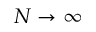
N \to \infty